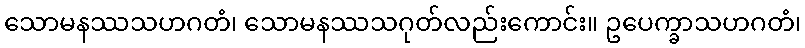
သောမနဿသဟဂတံ၊ သောမနဿသဂုတ်လည်းကောင်း။ ဥပေက္ခာသဟဂတံ၊